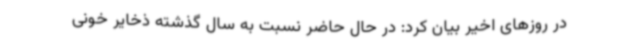
در روزهای اخیر بیان کرد: در حال حاضر نسبت به سال گذشته ذخایر خونی